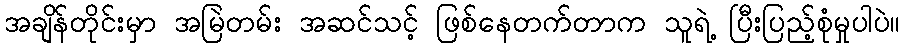
အချိန်တိုင်းမှာ အမြဲတမ်း အဆင်သင့် ဖြစ်နေတက်တာက သူရဲ့ ပြီးပြည့်စုံမှုပါပဲ။